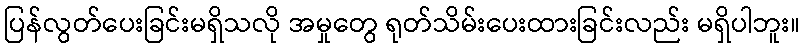
ပြန်လွတ်ပေးခြင်းမရှိသလို အမှုတွေ ရုတ်သိမ်းပေးထားခြင်းလည်း မရှိပါဘူး။